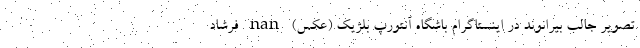
تصویر جالب بیرانوند در اینستاگرام باشگاه آنتورپ بلژیک (عکس) nan فرشاد